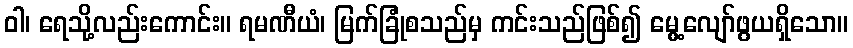
ဝါ၊ ရေသို့လည်းကောင်း။ ရမဏီယံ၊ မြက်ခြုံစသည်မှ ကင်းသည်ဖြစ်၍ မွေ့လျော်ဖွယရှိသော။